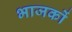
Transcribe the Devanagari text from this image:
भाजकों